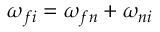
\omega _ { f i } = \omega _ { f n } + \omega _ { n i }